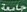
جامعة